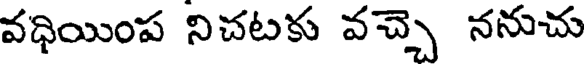
వధియింప నిచటకు వచ్చె ననుచు